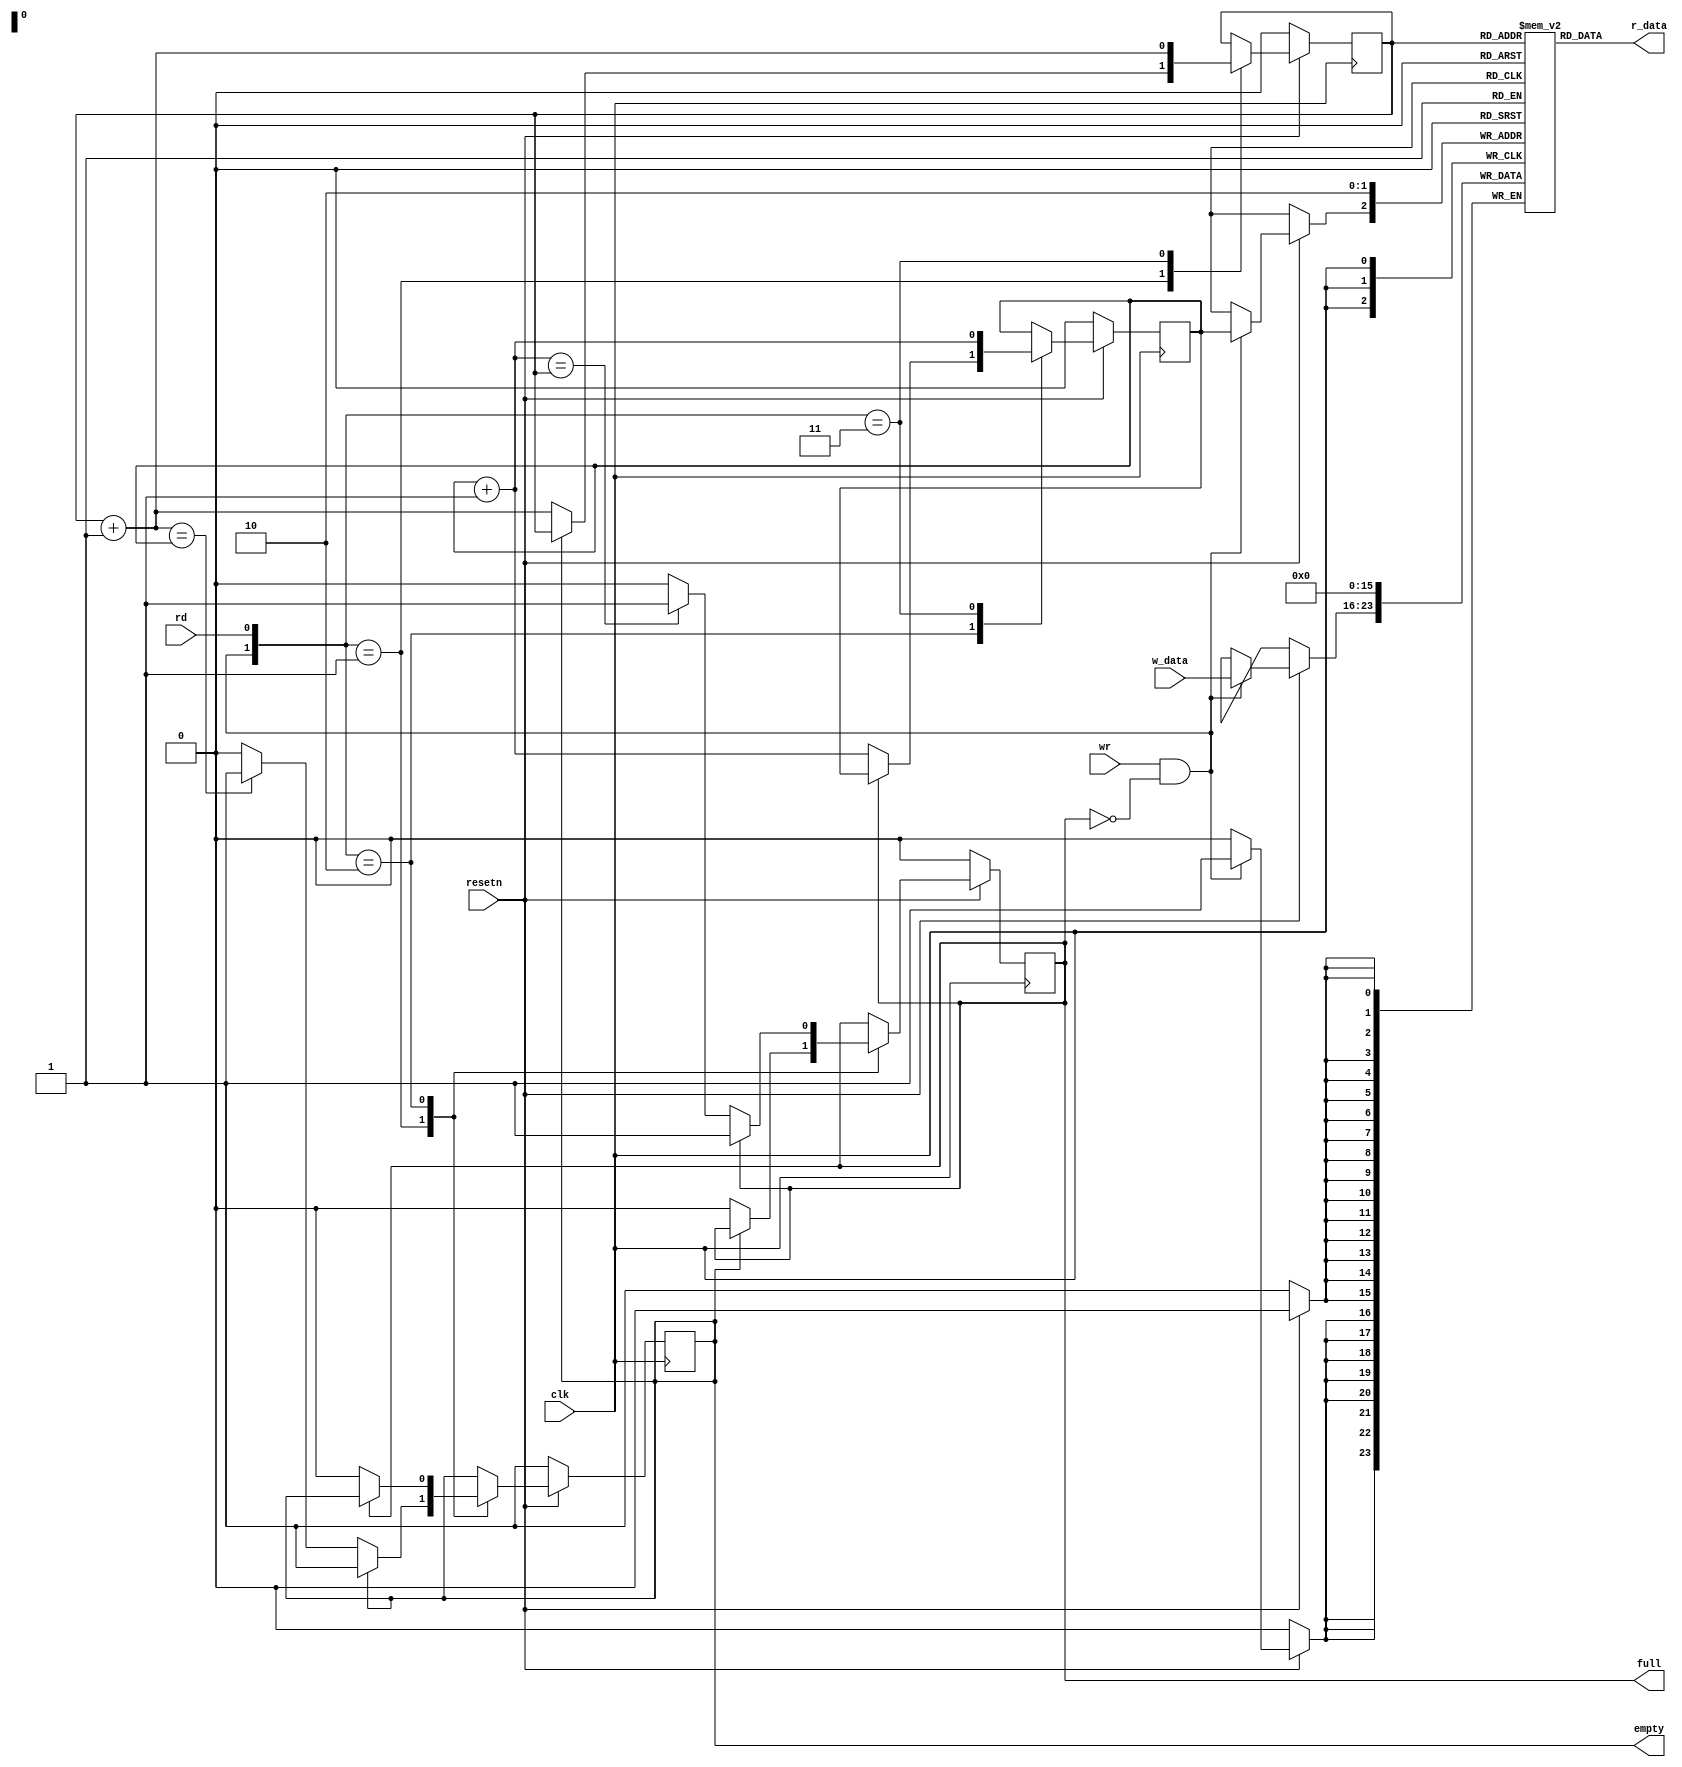
`timescale 1ns / 1ns
//////////////////////////////////////////////////////////////////////////////////
//END USER LICENCE AGREEMENT                                                    //
//                                                                              //
//Copyright (c) 2012, ARM All rights reserved.                                  //
//                                                                              //
//THIS END USER LICENCE AGREEMENT (LICENCE) IS A LEGAL AGREEMENT BETWEEN      //
//YOU AND ARM LIMITED ("ARM") FOR THE USE OF THE SOFTWARE EXAMPLE ACCOMPANYING  //
//THIS LICENCE. ARM IS ONLY WILLING TO LICENSE THE SOFTWARE EXAMPLE TO YOU ON   //
//CONDITION THAT YOU ACCEPT ALL OF THE TERMS IN THIS LICENCE. BY INSTALLING OR  //
//OTHERWISE USING OR COPYING THE SOFTWARE EXAMPLE YOU INDICATE THAT YOU AGREE   //
//TO BE BOUND BY ALL OF THE TERMS OF THIS LICENCE. IF YOU DO NOT AGREE TO THE   //
//TERMS OF THIS LICENCE, ARM IS UNWILLING TO LICENSE THE SOFTWARE EXAMPLE TO    //
//YOU AND YOU MAY NOT INSTALL, USE OR COPY THE SOFTWARE EXAMPLE.                //
//                                                                              //
//ARM hereby grants to you, subject to the terms and conditions of this Licence,//
//a non-exclusive, worldwide, non-transferable, copyright licence only to       //
//redistribute and use in source and binary forms, with or without modification,//
//for academic purposes provided the following conditions are met:              //
//a) Redistributions of source code must retain the above copyright notice, this//
//list of conditions and the following disclaimer.                              //
//b) Redistributions in binary form must reproduce the above copyright notice,  //
//this list of conditions and the following disclaimer in the documentation     //
//and/or other materials provided with the distribution.                        //
//                                                                              //
//THIS SOFTWARE EXAMPLE IS PROVIDED BY THE COPYRIGHT HOLDER "AS IS" AND ARM     //
//EXPRESSLY DISCLAIMS ANY AND ALL WARRANTIES, EXPRESS OR IMPLIED, INCLUDING     //
//WITHOUT LIMITATION WARRANTIES OF MERCHANTABILITY AND FITNESS FOR A PARTICULAR //
//PURPOSE, WITH RESPECT TO THIS SOFTWARE EXAMPLE. IN NO EVENT SHALL ARM BE LIABLE/
//FOR ANY DIRECT, INDIRECT, INCIDENTAL, PUNITIVE, OR CONSEQUENTIAL DAMAGES OF ANY/
//KIND WHATSOEVER WITH RESPECT TO THE SOFTWARE EXAMPLE. ARM SHALL NOT BE LIABLE //
//FOR ANY CLAIMS, DAMAGES OR OTHER LIABILITY, WHETHER IN AN ACTION OF CONTRACT, //
//TORT OR OTHERWISE, ARISING FROM, OUT OF OR IN CONNECTION WITH THE SOFTWARE    //
//EXAMPLE OR THE USE OR OTHER DEALINGS IN THE SOFTWARE EXAMPLE. FOR THE AVOIDANCE/
// OF DOUBT, NO PATENT LICENSES ARE BEING LICENSED UNDER THIS LICENSE AGREEMENT.//
//////////////////////////////////////////////////////////////////////////////////

// Modified 20 October 2014, Brian Mulkeen, UCD:
//		Added reset on fifo data registers to tidy simulations
//		Added comments.
// Modified October 2015, to convert to synchronous reset

module FIFO #(parameter DWIDTH=8, AWIDTH=1)
(
  input wire clk,
  input wire resetn,		// active-low reset
  input wire rd,			// read means that byte is being taken from fifo output
  input wire wr,			// write means that byte should be written to fifo input 
  input wire [DWIDTH-1:0] w_data,	// fifo data in
  
  output wire empty,		// no bytes in queue - output data is rubbish
  output wire full,		// no space in queue - write requests will be ignored
  output wire [DWIDTH-1:0] r_data		// fifo data out
);

//Internal Signal declarations

  reg [DWIDTH-1:0] array_reg [2**AWIDTH-1:0];		// fifo data registers
  reg [AWIDTH-1:0] w_ptr_reg;			// write pointer - points to register 
  reg [AWIDTH-1:0] w_ptr_next;			// where next data should be stored
  reg [AWIDTH-1:0] w_ptr_succ;
  reg [AWIDTH-1:0] r_ptr_reg;			// read pointer - points to oldest
  reg [AWIDTH-1:0] r_ptr_next;			// data in queue = next to be read
  reg [AWIDTH-1:0] r_ptr_succ;
  
  reg full_reg;
  reg empty_reg;
  reg full_next;
  reg empty_next;
  
  wire w_en;

	integer i;  // for use in loop
  always @ (posedge clk)
	 if (~resetn) for (i=0; i<2**AWIDTH; i = i+1)
						array_reg[i] <= {DWIDTH{1'b0}};  // clear array
    else if(w_en)
    begin
      array_reg[w_ptr_reg] <= w_data;    // write to array at write pointer
    end

  assign r_data = array_reg[r_ptr_reg];   // read from array at read pointer

  assign w_en = wr & ~full_reg;    // write enabled on write request if not full  

//State Machine - keeps track of pointers, updates status signals
  always @ (posedge clk)
  begin
    if(!resetn)
      begin
        w_ptr_reg <= 0;
        r_ptr_reg <= 0;
        full_reg <= 1'b0;
        empty_reg <= 1'b1;
      end
    else
      begin
        w_ptr_reg <= w_ptr_next;
        r_ptr_reg <= r_ptr_next;
        full_reg <= full_next;
        empty_reg <= empty_next;
      end
  end


//Next State Logic
  always @*
  begin
    w_ptr_succ = w_ptr_reg + 1;		// calculate where pointers would go next
    r_ptr_succ = r_ptr_reg + 1;		// pointers automatically wrap at end of array
    
    w_ptr_next = w_ptr_reg;		// all registers no change as default
    r_ptr_next = r_ptr_reg;
    full_next = full_reg;
    empty_next = empty_reg;
    
    case({w_en,rd})
      //2'b00: nop
      2'b01:							// read (without write at same time)
        if(~empty_reg)						// if not empty (if empty, nothing to do)
          begin
            r_ptr_next = r_ptr_succ;	// read pointer will advance
            full_next = 1'b0;				// will not be full after read
            if (r_ptr_succ == w_ptr_reg)	// if pointers are going to match, will be empty
              empty_next = 1'b1;
          end
      2'b10:							// write (without read at same time
        if(~full_reg)						// if not full (if full, nothing to do)
          begin
            w_ptr_next = w_ptr_succ;		// write pointer will advance
            empty_next = 1'b0;				// will not be empty after write
            if (w_ptr_succ == r_ptr_reg)	// if pointers are going to match, will be full
              full_next = 1'b1;
          end
      2'b11:							// read and write on same clock edge
        begin
          w_ptr_next = w_ptr_succ;		// both pointers advance
          r_ptr_next = r_ptr_succ;		// status (full, empty) does not change
        end
      default: ;
    endcase
  end

//Set Full and Empty

  assign full = full_reg;
  assign empty = empty_reg;
  
endmodule